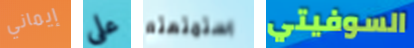
إيماني على استمتعتم السوفيتي